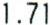
1.71